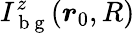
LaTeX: I_{\mathrm{~b~g~}}^{z}(\boldsymbol{r}_{0},R)